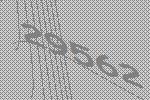
29562